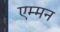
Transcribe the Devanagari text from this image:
एम्मन